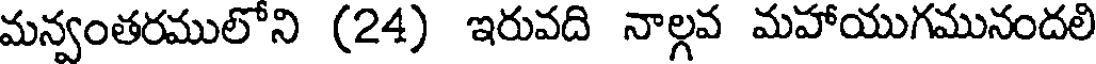
మన్వంతరములోని (24) ఇరువది నాల్గవ మహాయుగమునందలి